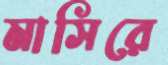
মাসিরে